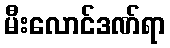
မီးလောင်ဒဏ်ရာ